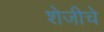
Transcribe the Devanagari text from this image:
शेजीचे